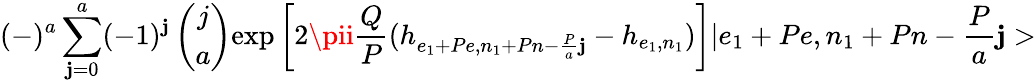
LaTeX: (-)^{a}\sum_{\mathbf{j}=0}^{a}(-1)^{\mathbf{j}}\left(\begin{array}{c}{{j}}\\ {{a}}\end{array}\right)\mathrm{{exp}}\left[2\pii\frac{{Q}}{{P}}(h_{e_{1}+Pe,n_{1}+Pn-\frac{{P}}{{a}}\mathbf{j}}-h_{e_{1},n_{1}})\right]|e_{1}+Pe,n_{1}+Pn-\frac{{P}}{{a}}\mathbf{j}>